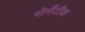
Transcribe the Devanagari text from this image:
रोमँटीक